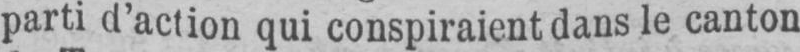
parti d’action qui conspiraient dans le canton